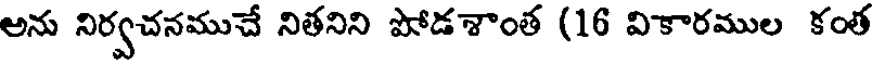
అను నిర్వచనముచే నితనిని పోడశాంత (16 వికారముల కంత